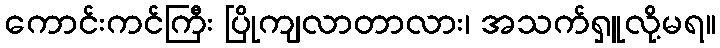
ကောင်းကင်ကြီး ပြိုကျလာတာလား၊ အသက်ရှူလို့မရ။